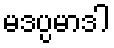
မဒပ္ပမာဒါ